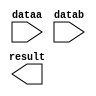
// megafunction wizard: %LPM_ADD_SUB%VBB%
// GENERATION: STANDARD
// VERSION: WM1.0
// MODULE: lpm_add_sub 

// ============================================================
// Megafunction Name(s):
// 			lpm_add_sub
//
// Simulation Library Files(s):
// 			lpm
// ============================================================
// ************************************************************
// THIS IS A WIZARD-GENERATED FILE. DO NOT EDIT THIS FILE!
//
// 9.1 Build 350 03/24/2010 SP 2 SJ Full Version
// ************************************************************

//Copyright (C) 1991-2010 Altera Corporation
//Your use of Altera Corporation's design tools, logic functions 
//and other software and tools, and its AMPP partner logic 
//functions, and any output files from any of the foregoing 
//(including device programming or simulation files), and any 
//associated documentation or information are expressly subject 
//to the terms and conditions of the Altera Program License 
//Subscription Agreement, Altera MegaCore Function License 
//Agreement, or other applicable license agreement, including, 
//without limitation, that your use is for the sole purpose of 
//programming logic devices manufactured by Altera and sold by 
//Altera or its authorized distributors.  Please refer to the 
//applicable agreement for further details.

module Sub13 (
	dataa,
	datab,
	result);

	input	[12:0]  dataa;
	input	[12:0]  datab;
	output	[12:0]  result;

endmodule

// ============================================================
// CNX file retrieval info
// ============================================================
// Retrieval info: PRIVATE: CarryIn NUMERIC "0"
// Retrieval info: PRIVATE: CarryOut NUMERIC "0"
// Retrieval info: PRIVATE: ConstantA NUMERIC "0"
// Retrieval info: PRIVATE: ConstantB NUMERIC "0"
// Retrieval info: PRIVATE: Function NUMERIC "1"
// Retrieval info: PRIVATE: INTENDED_DEVICE_FAMILY STRING "Arria GX"
// Retrieval info: PRIVATE: LPM_PIPELINE NUMERIC "0"
// Retrieval info: PRIVATE: Latency NUMERIC "0"
// Retrieval info: PRIVATE: Overflow NUMERIC "0"
// Retrieval info: PRIVATE: RadixA NUMERIC "10"
// Retrieval info: PRIVATE: RadixB NUMERIC "10"
// Retrieval info: PRIVATE: Representation NUMERIC "1"
// Retrieval info: PRIVATE: SYNTH_WRAPPER_GEN_POSTFIX STRING "0"
// Retrieval info: PRIVATE: ValidCtA NUMERIC "0"
// Retrieval info: PRIVATE: ValidCtB NUMERIC "0"
// Retrieval info: PRIVATE: WhichConstant NUMERIC "0"
// Retrieval info: PRIVATE: aclr NUMERIC "0"
// Retrieval info: PRIVATE: clken NUMERIC "0"
// Retrieval info: PRIVATE: nBit NUMERIC "13"
// Retrieval info: CONSTANT: LPM_DIRECTION STRING "SUB"
// Retrieval info: CONSTANT: LPM_HINT STRING "ONE_INPUT_IS_CONSTANT=NO,CIN_USED=NO"
// Retrieval info: CONSTANT: LPM_REPRESENTATION STRING "UNSIGNED"
// Retrieval info: CONSTANT: LPM_TYPE STRING "LPM_ADD_SUB"
// Retrieval info: CONSTANT: LPM_WIDTH NUMERIC "13"
// Retrieval info: USED_PORT: dataa 0 0 13 0 INPUT NODEFVAL dataa[12..0]
// Retrieval info: USED_PORT: datab 0 0 13 0 INPUT NODEFVAL datab[12..0]
// Retrieval info: USED_PORT: result 0 0 13 0 OUTPUT NODEFVAL result[12..0]
// Retrieval info: CONNECT: result 0 0 13 0 @result 0 0 13 0
// Retrieval info: CONNECT: @dataa 0 0 13 0 dataa 0 0 13 0
// Retrieval info: CONNECT: @datab 0 0 13 0 datab 0 0 13 0
// Retrieval info: LIBRARY: lpm lpm.lpm_components.all
// Retrieval info: GEN_FILE: TYPE_NORMAL Sub13.v TRUE
// Retrieval info: GEN_FILE: TYPE_NORMAL Sub13.inc FALSE
// Retrieval info: GEN_FILE: TYPE_NORMAL Sub13.cmp FALSE
// Retrieval info: GEN_FILE: TYPE_NORMAL Sub13.bsf TRUE
// Retrieval info: GEN_FILE: TYPE_NORMAL Sub13_inst.v FALSE
// Retrieval info: GEN_FILE: TYPE_NORMAL Sub13_bb.v TRUE
// Retrieval info: GEN_FILE: TYPE_NORMAL Sub13_waveforms.html TRUE
// Retrieval info: GEN_FILE: TYPE_NORMAL Sub13_wave*.jpg FALSE
// Retrieval info: LIB_FILE: lpm